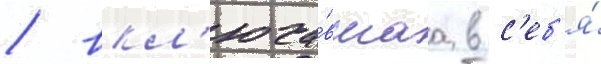
/ вкл'юча́вшаа в с'еб'я́